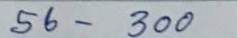
56 - 300